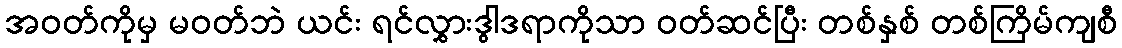
အဝတ်ကိုမှ မဝတ်ဘဲ ယင်း ရင်လွှားဒွါဒရာကိုသာ ဝတ်ဆင်ပြီး တစ်နှစ် တစ်ကြိမ်ကျစီ